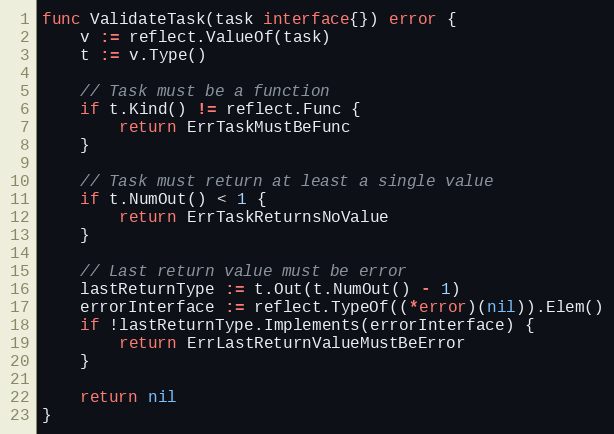
Language: Go
func ValidateTask(task interface{}) error {
	v := reflect.ValueOf(task)
	t := v.Type()

	// Task must be a function
	if t.Kind() != reflect.Func {
		return ErrTaskMustBeFunc
	}

	// Task must return at least a single value
	if t.NumOut() < 1 {
		return ErrTaskReturnsNoValue
	}

	// Last return value must be error
	lastReturnType := t.Out(t.NumOut() - 1)
	errorInterface := reflect.TypeOf((*error)(nil)).Elem()
	if !lastReturnType.Implements(errorInterface) {
		return ErrLastReturnValueMustBeError
	}

	return nil
}